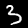
Digit: 3